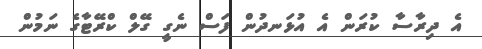
އެ ދިރާސާ ކުރަން އެ އުޅަނދުން ފަސް ނެގީ ގޭލް ކްރޭޓާގެ ނަމުން